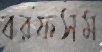
বরফসম